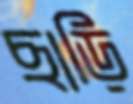
ছাড়ি